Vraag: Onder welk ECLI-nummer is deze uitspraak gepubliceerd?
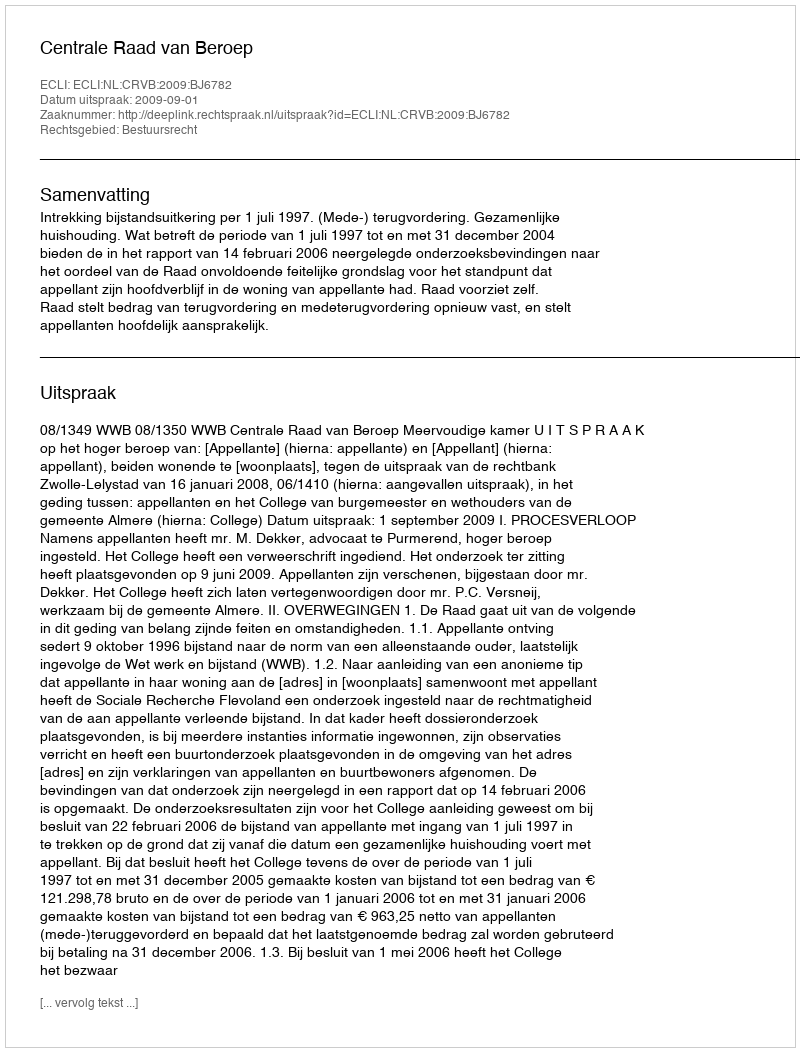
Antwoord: ECLI:NL:CRVB:2009:BJ6782